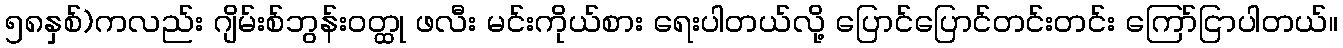
၅၈နှစ်)ကလည်း ဂျိမ်းစ်ဘွန်းဝတ္ထု ဖလီး မင်းကိုယ်စား ရေးပါတယ်လို့ ပြောင်ပြောင်တင်းတင်း ကြော်ငြာပါတယ်။